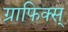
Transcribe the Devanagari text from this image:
ग्राफिक्स्